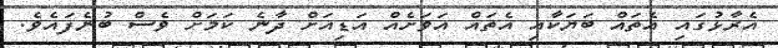
އެރާޅުގައި އެތައް ބަޔަކާއި އެތައް އަވަށެއް އަޑިއަށް ދާނެ ކަމަށް ވެސް ބުނެފައެވެ.